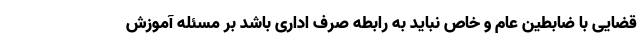
قضایی با ضابطین عام و خاص نباید به رابطه صرف اداری باشد بر مسئله آموزش